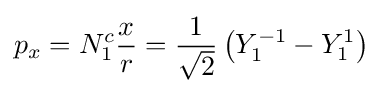
p_{x}=N_{1}^{c}{\frac {x}{r}}={\frac {1}{\sqrt {2}}}\left(Y_{1}^{-1}-Y_{1}^{1}\right)